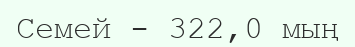
Семей - 322,0 мың